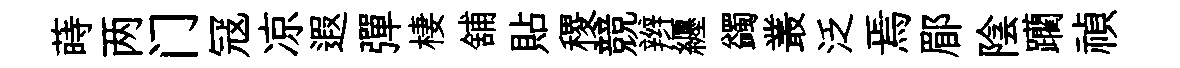
蒔两门冦凉遐彈棲舖貼稷競辫纒蠲叢泛焉郿陰躪禎